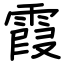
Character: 霞